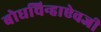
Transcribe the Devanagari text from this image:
बोधचिन्हाऐवजी